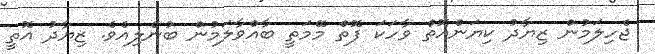
ޖެހިލަމުން ޒިޔާދު ކިޔަންއޮތް ވާހަކަ ފޮތް މޭމަތީ ބާއްވާލަމުން ބުނެލިއެވެ. ޒިޔާދު އޮތީ